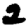
Digit: 2